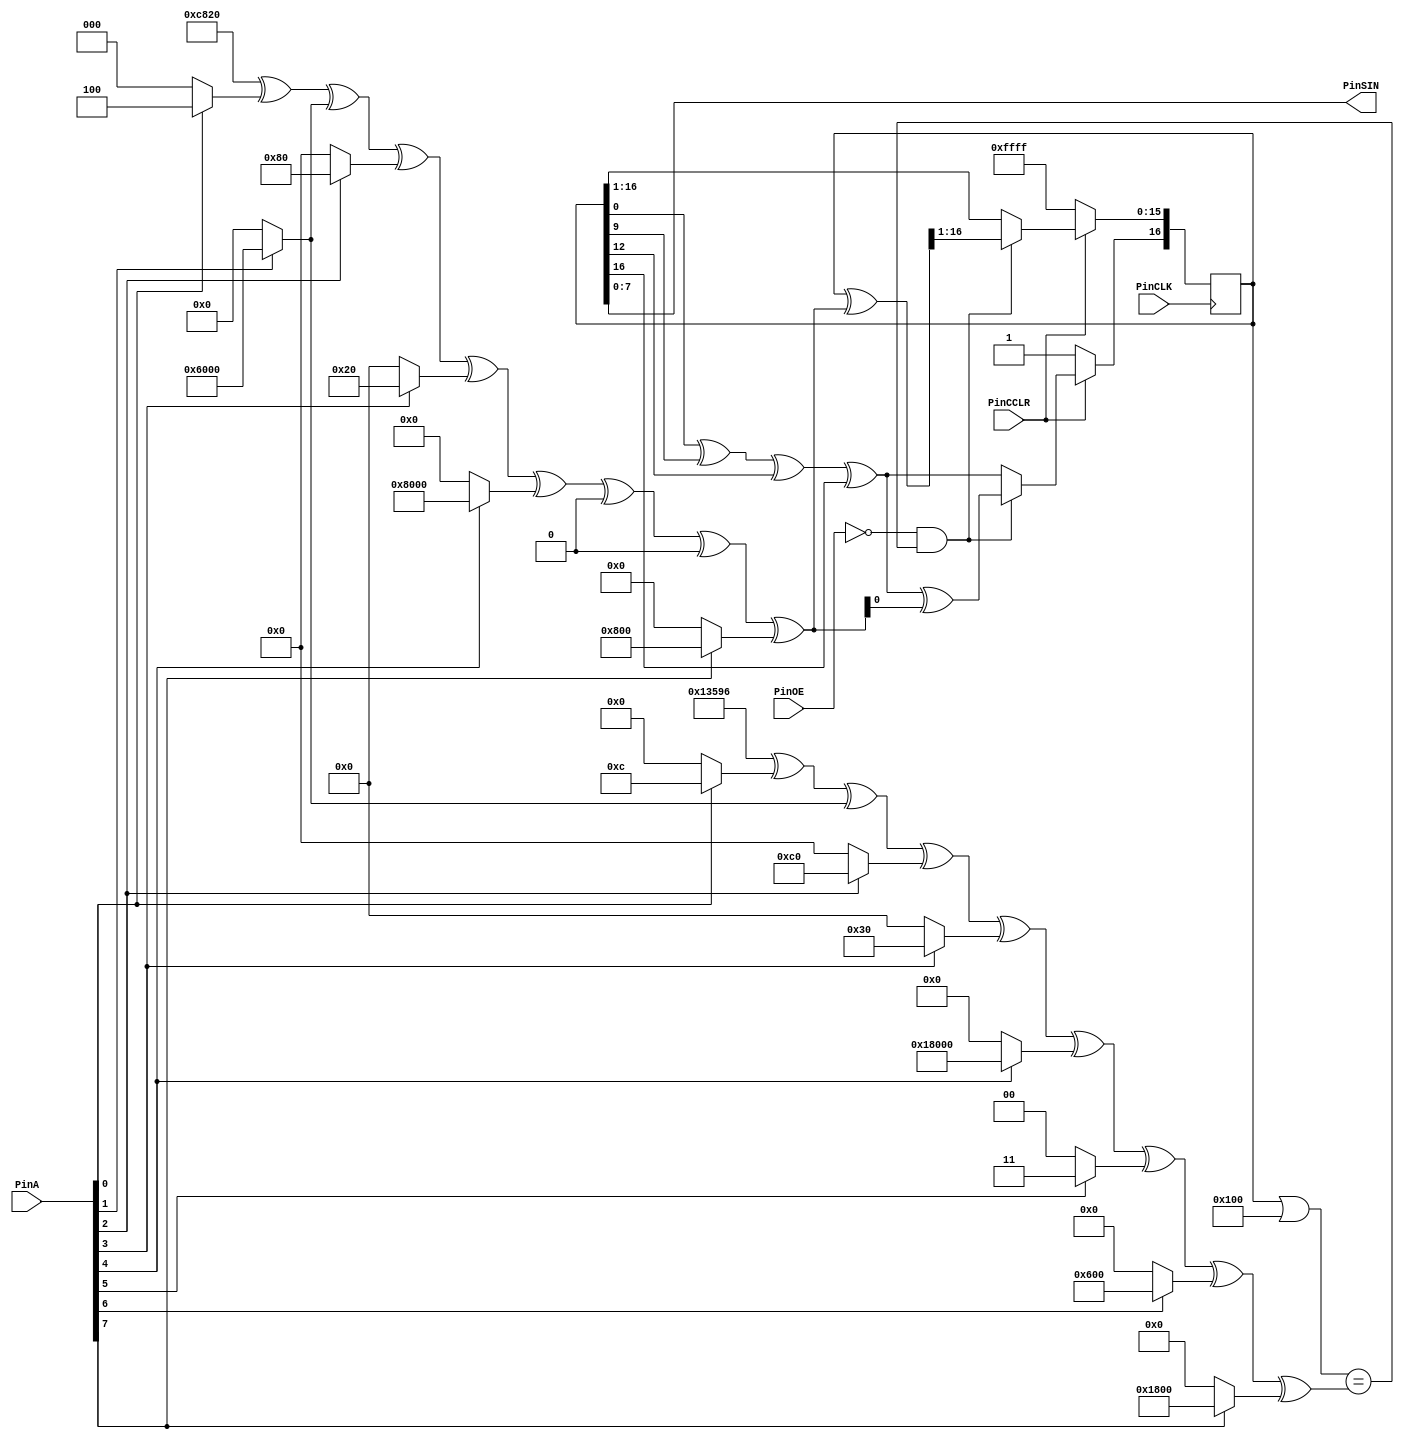
`timescale 1ns / 1ps
//////////////////////////////////////////////////////////////////////////////////
// Company: 
// ACID Reverse engineering by nocash
// 
// Design Name   : amsacid
// Module Name   : amsacid 
// Project Name  : 
// Target Devices: Xilinx XC9572
// Tool versions :  
// Description   : Reverse engineered Amstrad 40908 "ACID" Chip 
//
// Revision: 
// Revision 0.05
// Additional Comments: 
//
//////////////////////////////////////////////////////////////////////////////////
module amsacid(PinCLK, PinA, PinOE, PinCCLR, PinSIN);

input PinCLK;
input [7:0]PinA;
input PinOE;
input PinCCLR;

output [7:0]PinSIN;

wire PinCLK;

reg [16:0]ShiftReg = 17'h1FFFF;
wire [16:0]CmpVal;
wire [16:0]XorVal;

assign CmpVal = 17'h13596	^ (PinA[0] ? 17'h0000c : 0)
									^ (PinA[1] ? 17'h06000 : 0)
									^ (PinA[2] ? 17'h000c0 : 0)
									^ (PinA[3] ? 17'h00030 : 0)
									^ (PinA[4] ? 17'h18000 : 0)
									^ (PinA[5] ? 17'h00003 : 0)
									^ (PinA[6] ? 17'h00600 : 0)
									^ (PinA[7] ? 17'h01800 : 0);
assign XorVal = 17'h0C820	^ (PinA[0] ? 17'h00004 : 0)
									^ (PinA[1] ? 17'h06000 : 0)
									^ (PinA[2] ? 17'h00080 : 0)
									^ (PinA[3] ? 17'h00020 : 0)
									^ (PinA[4] ? 17'h08000 : 0)
									^ (PinA[5] ? 17'h00000 : 0)
									^ (PinA[6] ? 17'h00000 : 0)
									^ (PinA[7] ? 17'h00800 : 0);

always@(negedge PinCLK)
	begin

	if (PinCCLR) // not in reset state
		begin
		if (!PinOE && ((ShiftReg | 17'h00100) == CmpVal))
			begin
			ShiftReg <= (ShiftReg ^ XorVal) >> 1;
			ShiftReg[16] <= ShiftReg[0] ^ ShiftReg[9] ^ ShiftReg[12] ^ ShiftReg[16] ^ XorVal[0];  // hier xorval mit berchsichtigen
			end
		else
			begin
			ShiftReg <= ShiftReg >> 1;
			ShiftReg[16] <= ShiftReg[0] ^ ShiftReg[9] ^ ShiftReg[12] ^ ShiftReg[16];
			end
		end
	else
		begin
			ShiftReg <= 17'h1FFFF;
		end
	end

//assign PinSIN = ShiftReg[7:0] ^ 8'hff;
assign PinSIN = ShiftReg[7:0];
//assign PinSIN[0] = PinCLK;


endmodule